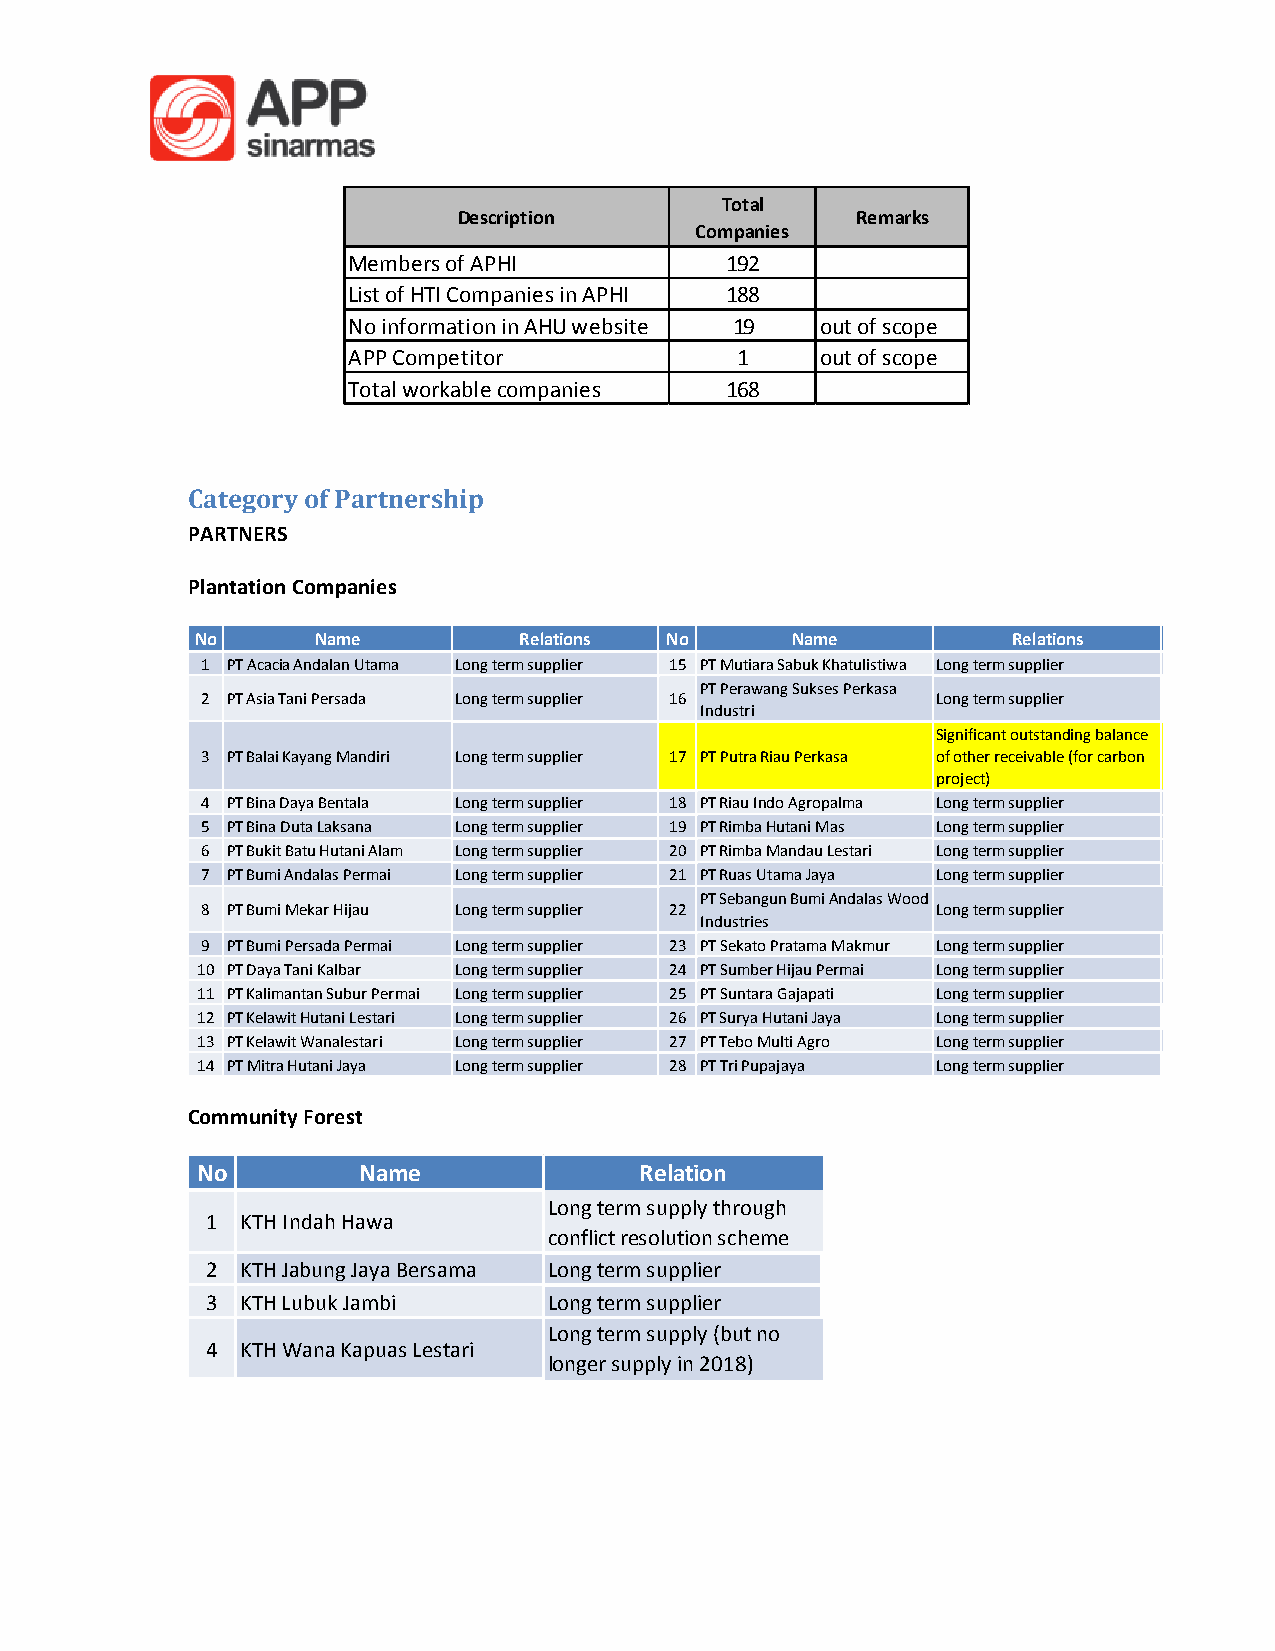
Total
 Description                Remarks
 Companies
 Members of APHI          192
 List of HTI Companies in APHI 188
 No information in AHU website 19 out of scope
 APP Competitor            1    out of scope
 Total workable companies 168
 Category of Partnership
 PARTNERS
 Plantation Companies
 No      Name         Relations No      Name           Relations
 1 PT Acacia Andalan Utama Long term supplier 15 PT Mutiara Sabuk Khatulistiwa Long term supplier
 PT Perawang Sukses Perkasa
 2 PT Asia Tani Persada Long term supplier 16     Long term supplier
 Industri
 Significant outstanding balance
 3 PT Balai Kayang Mandiri Long term supplier 17 PT Putra Riau Perkasa of other receivable (for carbon
 project)
 4 PT Bina Daya Bentala Long term supplier 18 PT Riau Indo Agropalma Long term supplier
 5 PT Bina Duta Laksana Long term supplier 19 PT Rimba Hutani Mas Long term supplier
 6 PT Bukit Batu Hutani Alam Long term supplier 20 PT Rimba Mandau Lestari Long term supplier
 7 PT Bumi Andalas Permai Long term supplier 21 PT Ruas Utama Jaya Long term supplier
 PT Sebangun Bumi Andalas Wood
 8 PT Bumi Mekar Hijau Long term supplier 22      Long term supplier
 Industries
 9 PT Bumi Persada Permai Long term supplier 23 PT Sekato Pratama Makmur Long term supplier
 10 PT Daya Tani Kalbar Long term supplier 24 PT Sumber Hijau Permai Long term supplier
 11 PT Kalimantan Subur Permai Long term supplier 25 PT Suntara Gajapati Long term supplier
 12 PT Kelawit Hutani Lestari Long term supplier 26 PT Surya Hutani Jaya Long term supplier
 13 PT Kelawit Wanalestari Long term supplier 27 PT Tebo Multi Agro Long term supplier
 14 PT Mitra Hutani Jaya Long term supplier 28 PT Tri Pupajaya Long term supplier
 Community Forest
 No         Name              Relation
 Long term supply through
 1 KTH Indah Hawa
 conflict resolution scheme
 2 KTH Jabung Jaya Bersama Long term supplier
 3 KTH Lubuk Jambi     Long term supplier
 Long term supply (but no
 4 KTH Wana Kapuas Lestari
 longer supply in 2018)